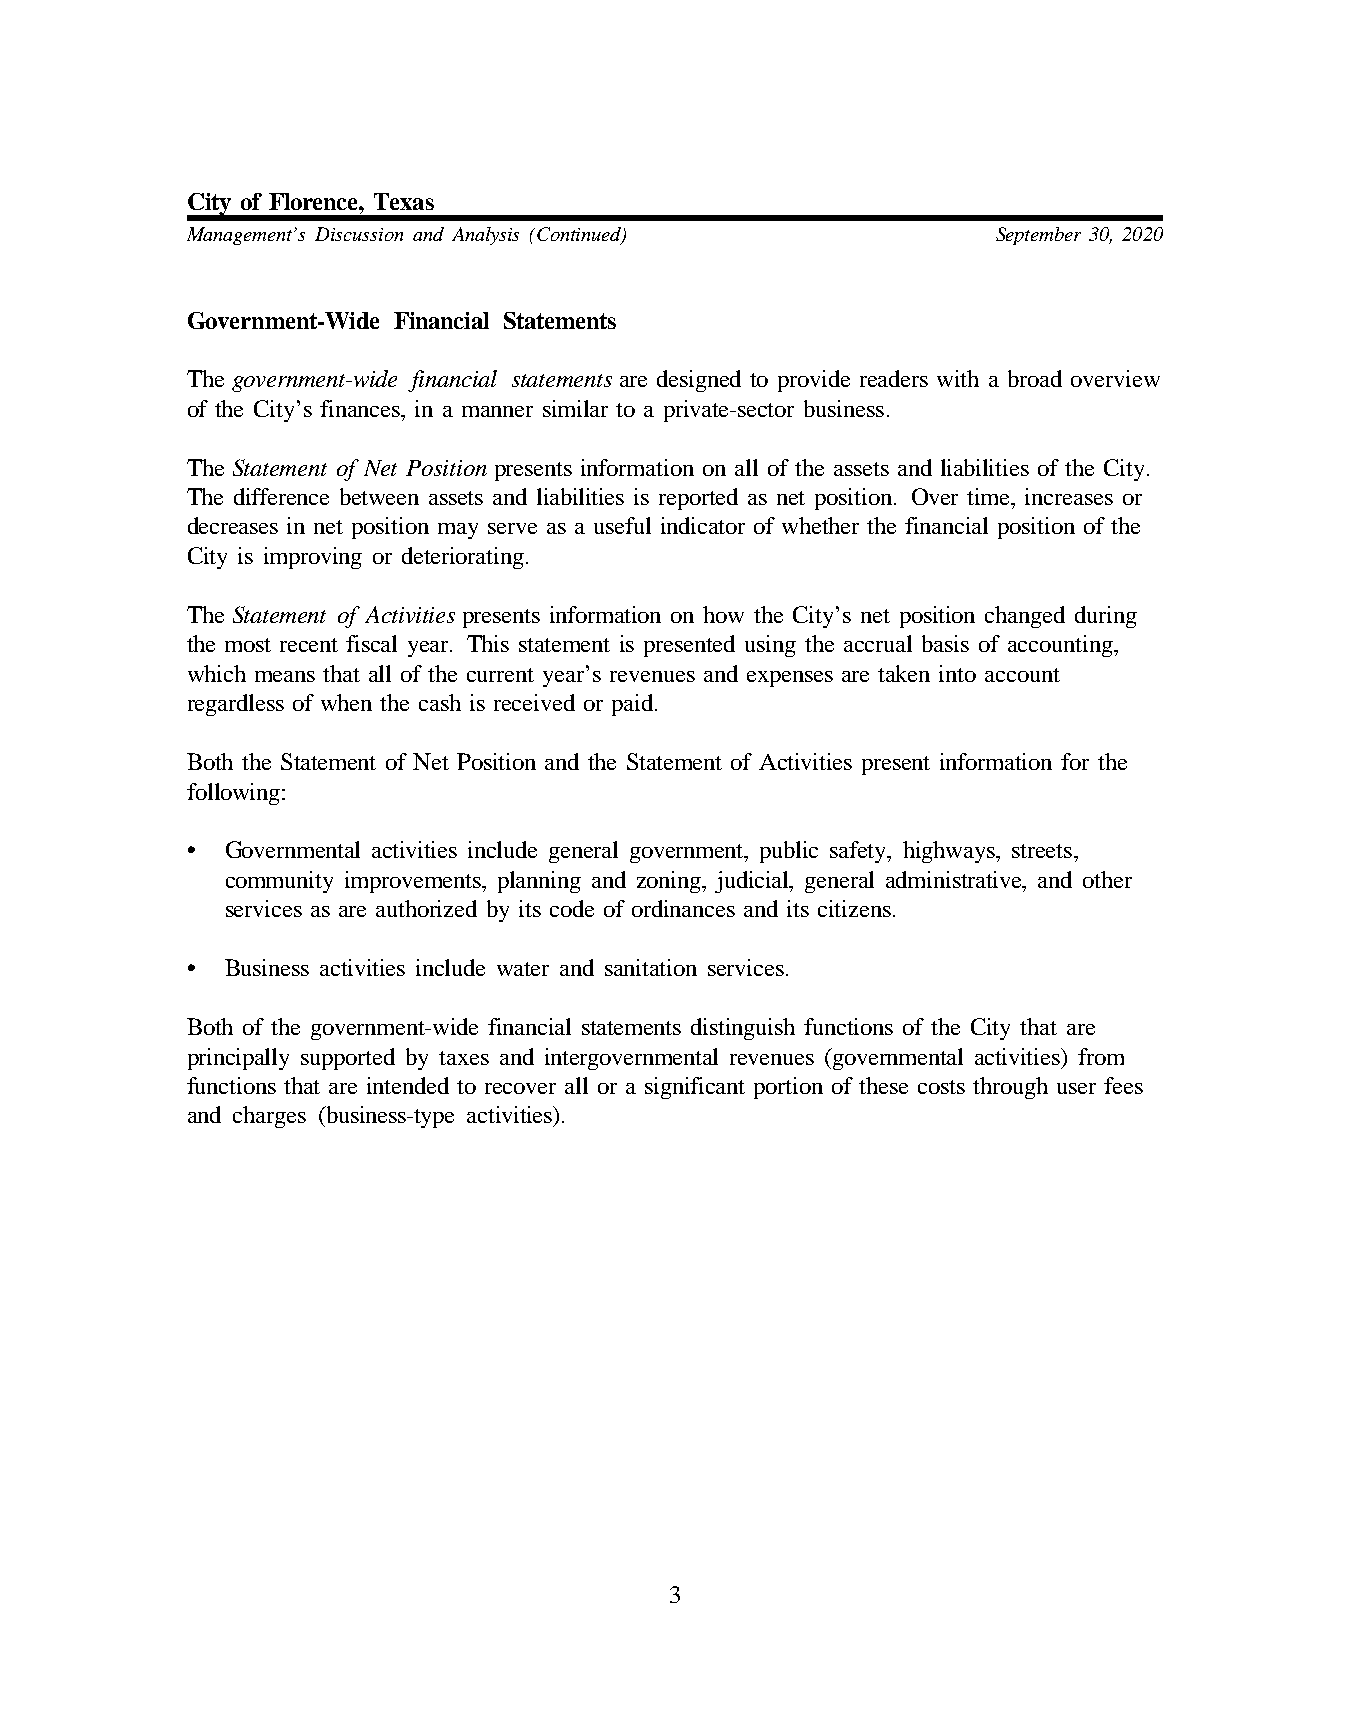
City of Florence, Texas
 Management’s Discussion and Analysis (Continued)      September 30, 2020
 Government-Wide Financial Statements
 The government-wide financial statements are designed to provide readers with a broad overview
 of the City’s finances, in a manner similar to a private-sector business.
 The Statement of Net Position presents information on all of the assets and liabilities of the City.
 The difference between assets and liabilities is reported as net position. Over time, increases or
 decreases in net position may serve as a useful indicator of whether the financial position of the
 City is improving or deteriorating.
 The Statement of Activities presents information on how the City’s net position changed during
 the most recent fiscal year. This statement is presented using the accrual basis of accounting,
 which means that all of the current year’s revenues and expenses are taken into account
 regardless of when the cash is received or paid.
 Both the Statement of Net Position and the Statement of Activities present information for the
 following:
 •  Governmental activities include general government, public safety, highways, streets,
 community improvements, planning and zoning, judicial, general administrative, and other
 services as are authorized by its code of ordinances and its citizens.
 •  Business activities include water and sanitation services.
 Both of the government-wide financial statements distinguish functions of the City that are
 principally supported by taxes and intergovernmental revenues (governmental activities) from
 functions that are intended to recover all or a significant portion of these costs through user fees
 and charges (business-type activities).
 3